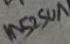
Text: 1N5250A